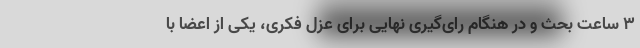
۳ ساعت بحث و در هنگام رای‌گیری نهایی برای عزل فکری، یکی از اعضا با